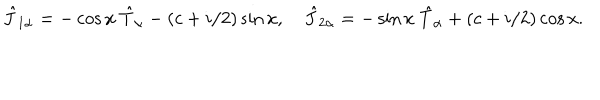
LaTeX: \hat { J } _ { 1 \alpha } = - \cos x ~ \hat { T } _ { \alpha } - ( c + i / 2 ) \sin x , ~ \hat { J } _ { 2 \alpha } = - \sin x ~ \hat { T } _ { \alpha } + ( c + i / 2 ) \cos x .